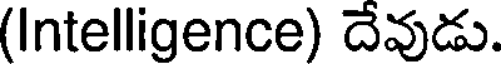
(Intelligence) దేవుడు.